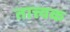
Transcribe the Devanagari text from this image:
तात्त्वक